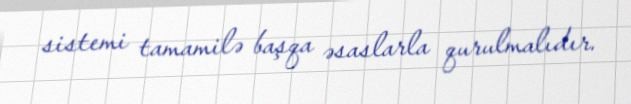
sistemi tamamilə başqa əsaslarla qurulmalıdır.